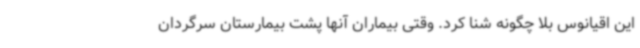
این اقیانوس بلا چگونه شنا کرد. وقتی بیماران آنها پشت بیمارستان سرگردان